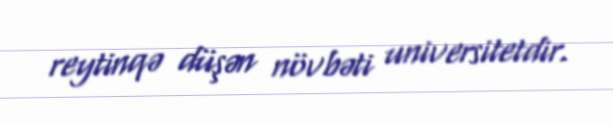
reytinqə düşən növbəti universitetdir.